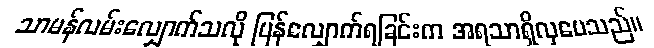
သာမန်လမ်းလျှောက်သလို ပြန်လျှောက်ရခြင်းက အရသာရှိလှပေသည်။